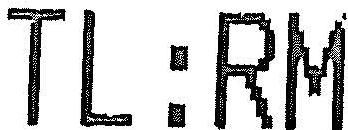
TL:RM